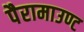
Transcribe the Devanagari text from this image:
पैरामाउण्ट